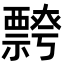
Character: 𭑦